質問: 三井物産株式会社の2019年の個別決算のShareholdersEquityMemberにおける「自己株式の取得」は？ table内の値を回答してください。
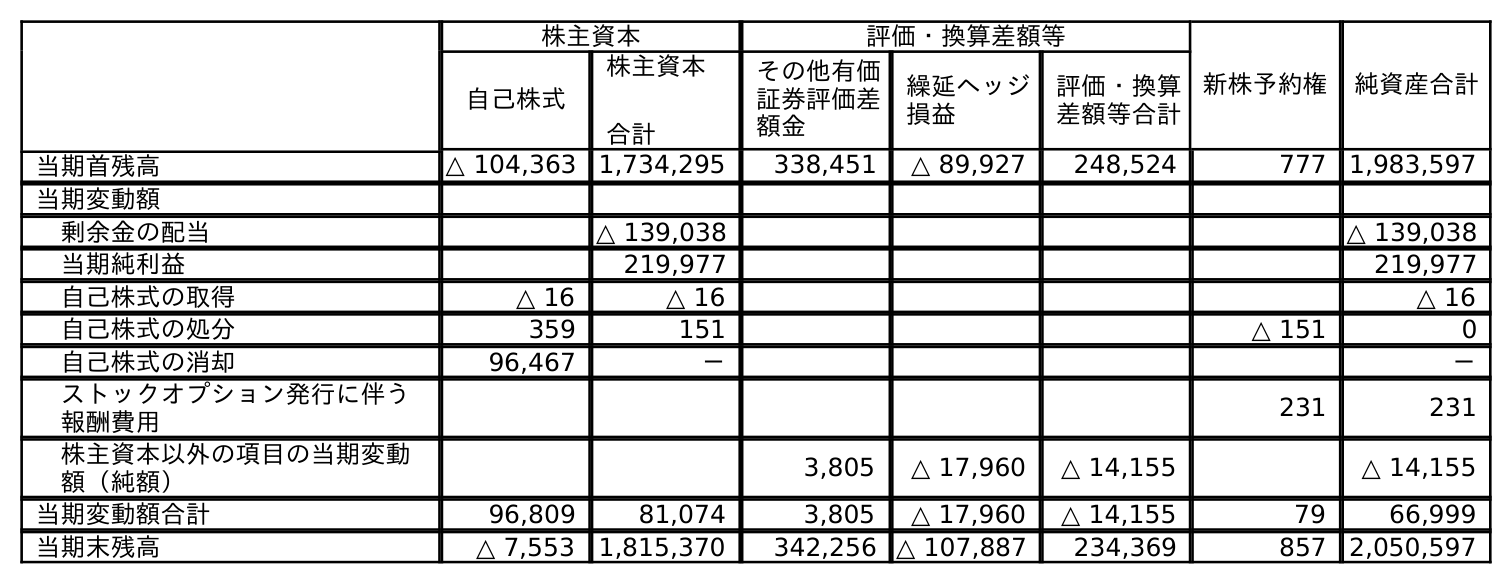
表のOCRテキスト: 株主資本 評価・換算差額等 新株予約権 純資産合計 自己株式 株主資本 合計 その他有価 証券評価差 額金 繰延ヘッジ 損益 評価・換算 差額等合計 当期首残高 △ 104,363 1,734,295 338,451 △ 89,927 248,524 777 1,983,597 当期変動額 剰余金の配当 △ 139,038 △ 139,038 当期純利益 219,977 219,977 自己株式の取得 △ 16 △ 16 △ 16 自己株式の処分 359 151 △ 151 0 自己株式の消却 96,467 － － ストックオプション発行に伴う 報酬費用 231 231 株主資本以外の項目の当期変動 額（純額） 3,805 △ 17,960 △ 14,155 △ 14,155 当期変動額合計 96,809 81,074 3,805 △ 17,960 △ 14,155 79 66,999 当期末残高 △ 7,553 1,815,370 342,256 △ 107,887 234,369 857 2,050,597
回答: △16